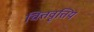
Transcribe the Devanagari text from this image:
चित्तवृत्तिय